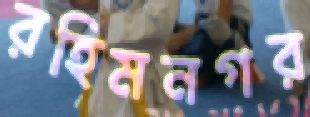
রহিমনগর